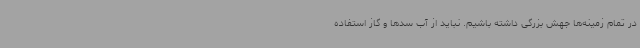
در تمام زمینه‌ها جهش بزرگی داشته باشیم. نباید از آب سدها و گاز استفاده